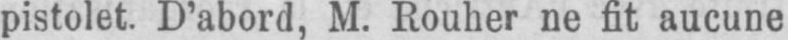
pistolet. D’abord, M. Rouher ne fit aucune